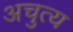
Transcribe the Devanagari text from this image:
अचुत्य